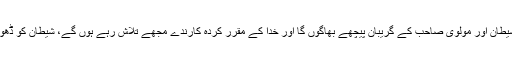
روز قیامت میں شیطان اور مولوی صاحب کے گریبان پیچھے بھاگوں گا اور خدا کے مقرر کردہ کارندے مجھے تلاش رہے ہوں گے، شیطان کو ڈھونڈ رہے ہوں گے۔